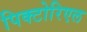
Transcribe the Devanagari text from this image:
पिक्टोरिएल